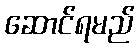
ဆောင်ရမည်